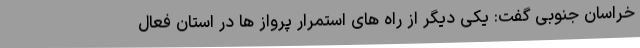
خراسان جنوبی گفت: یکی دیگر از راه های استمرار پرواز ها در استان فعال